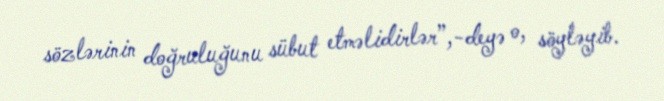
sözlərinin doğruluğunu sübut etməlidirlər”,-deyə o, söyləyib.